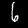
Digit: 6